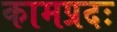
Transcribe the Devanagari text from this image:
कामप्रदः